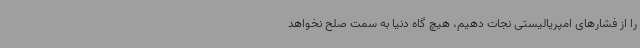
را از فشارهای امپریالیستی نجات دهیم، هیچ گاه دنیا به سمت صلح نخواهد